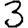
Digit: 3